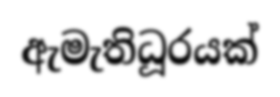
ඇමැතිධූරයක්